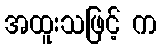
အထူးသဖြင့် က